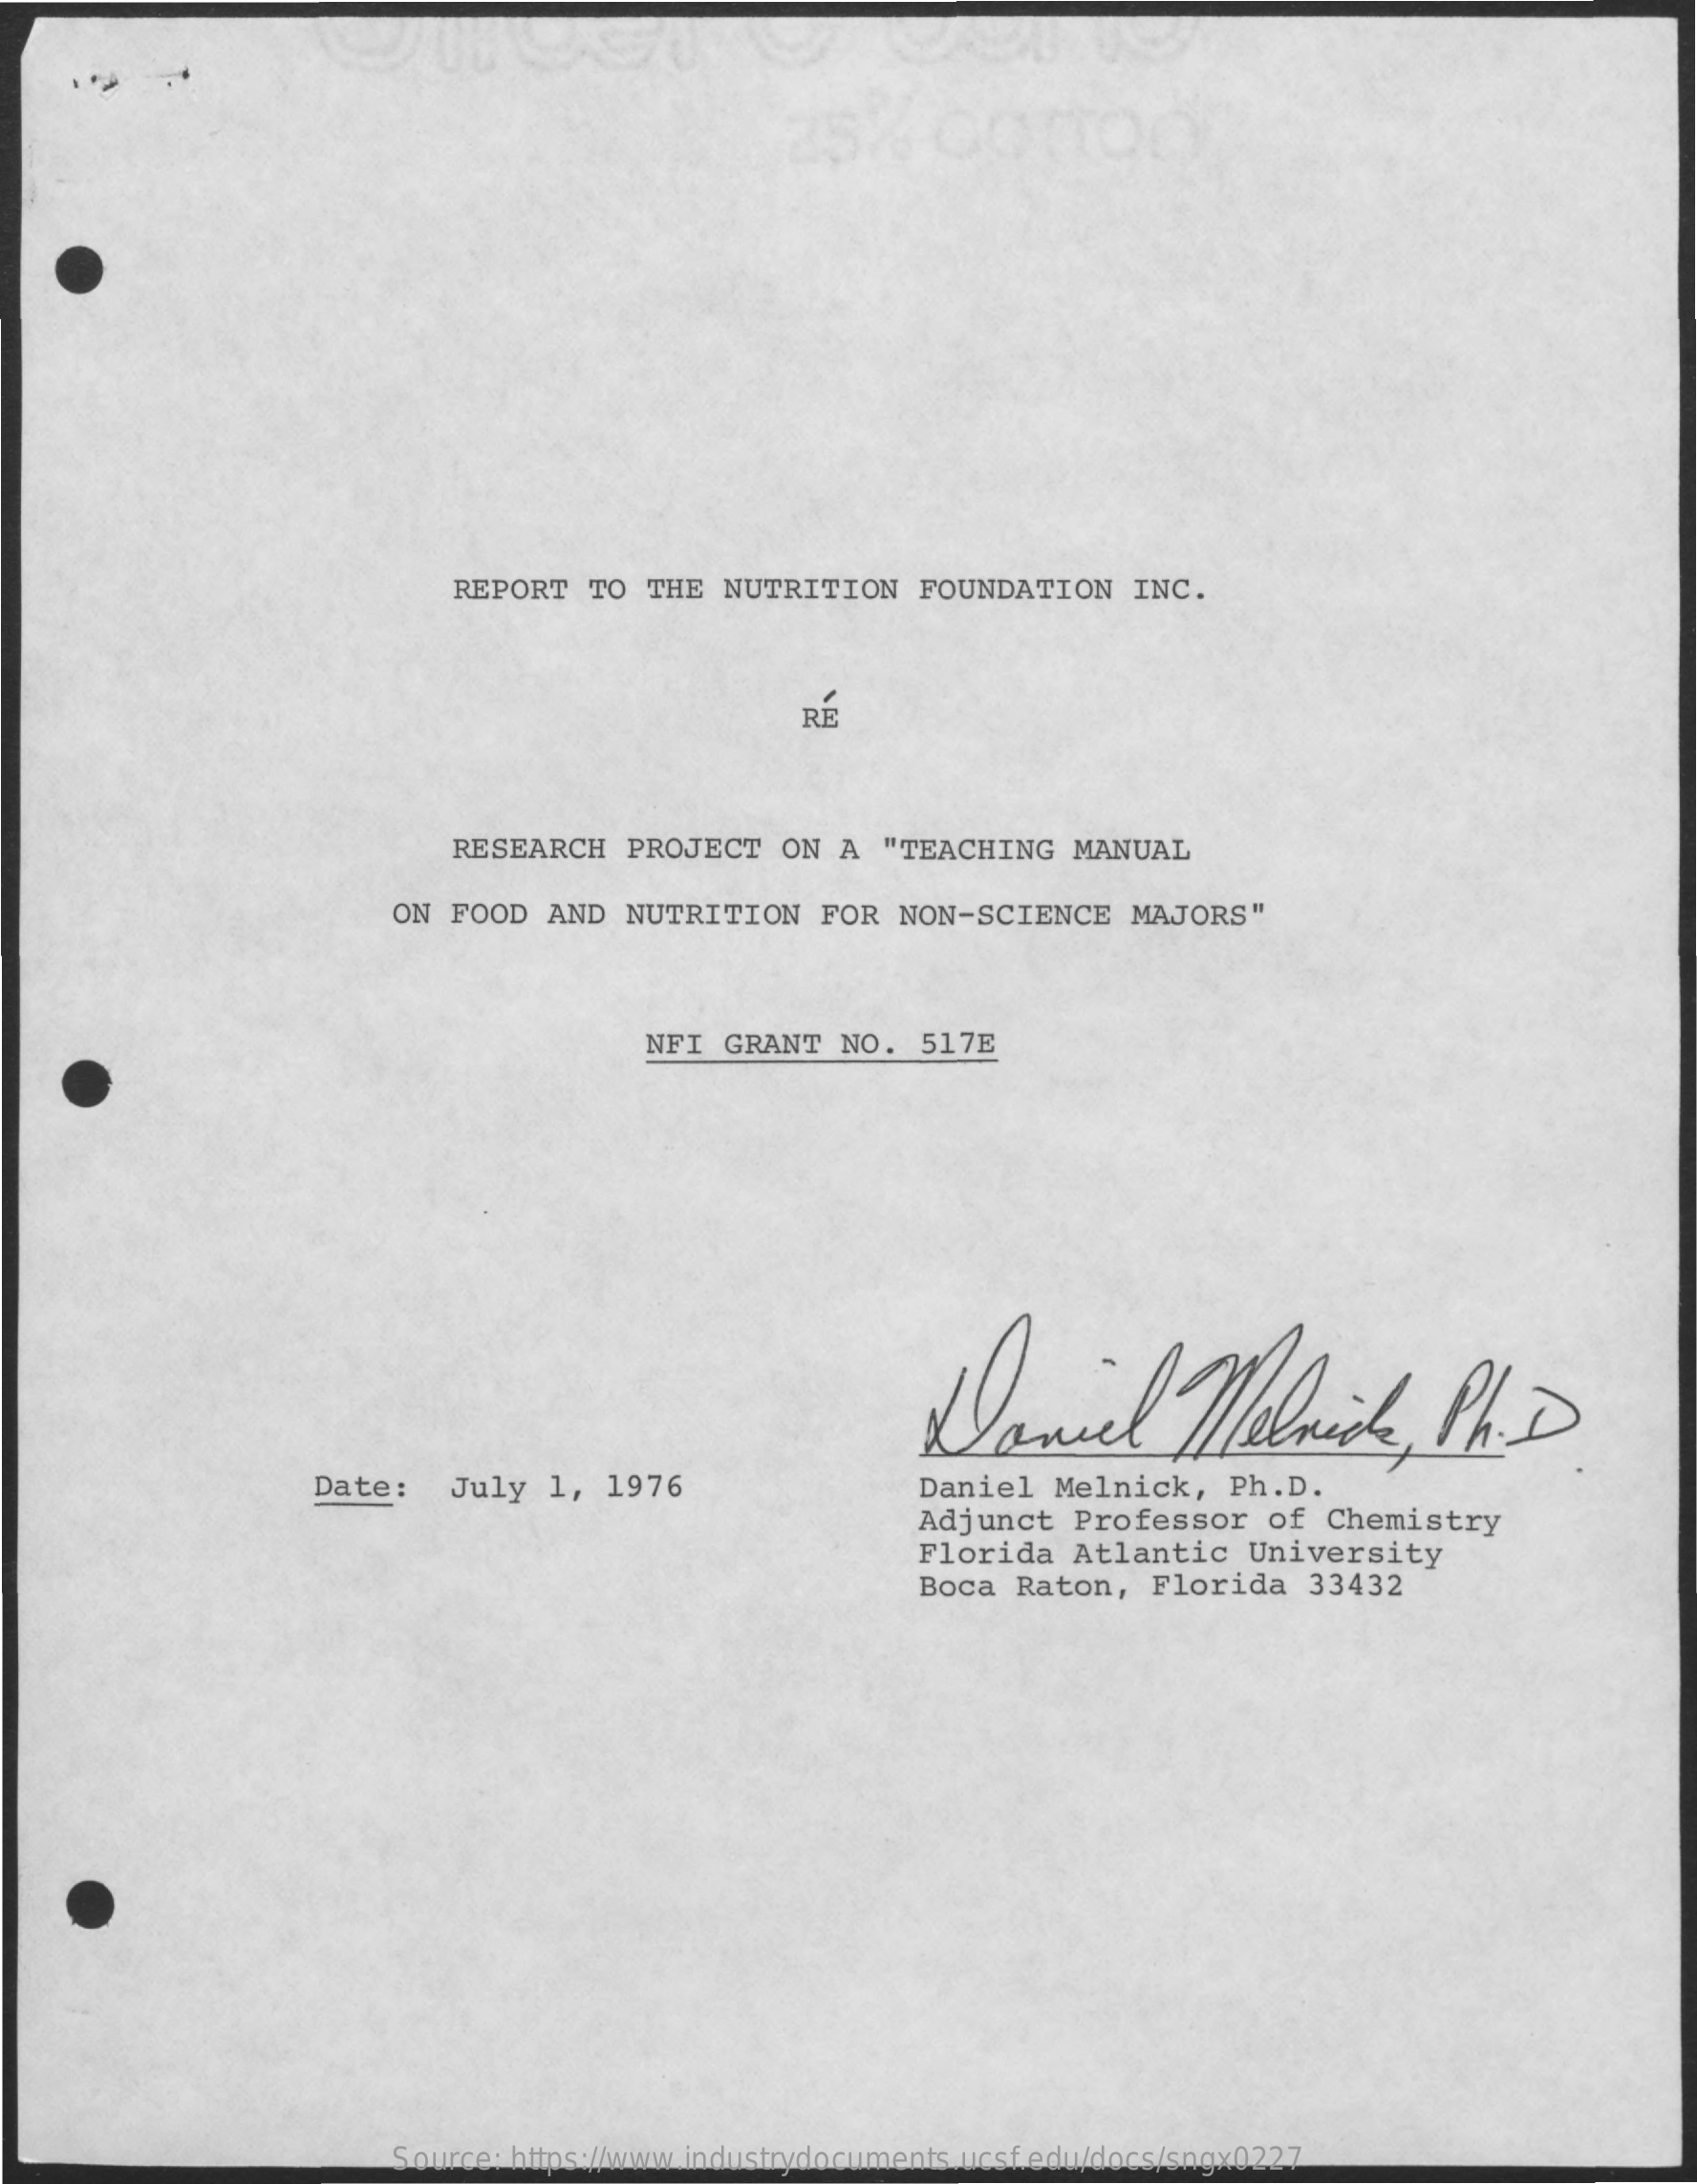
REPORT   TO  THE  NUTRITION    FOUNDATION   INC.
     RE
     RESEARCH   PROJECT   ON  A "TEACHING    MANUAL
     ON FOOD  AND  NUTRITION    FOR  NON-SCIENCE    MAJORS"
     NFI  GRANT   NO.  517E
     Daniel    Melnice,    Ph.   D.
     Date:   July   1, 1976    Daniel  Melnick,    Ph.D.
     Adjunct   Professor   of  Chemistry
     Florida   Atlantic   University
     Boca  Raton,   Florida   33432
     Source: https://www.industrydocuments.ucsf.edu/docs/sngx0227